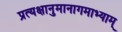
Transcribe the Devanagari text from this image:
प्रत्यक्षानुमानागमाभ्याम्